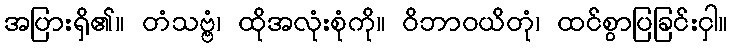
အပြားရှိ၏။ တံသဗ္ဗံ၊ ထိုအလုံးစုံကို။ ဝိဘာဝယိတုံ၊ ထင်စွာပြခြင်းငှါ။